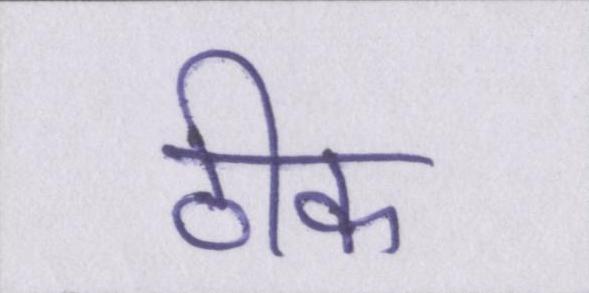
ठीक